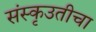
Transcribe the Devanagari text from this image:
संस्कृउतीचा